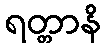
ရတ္တာနိ